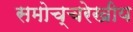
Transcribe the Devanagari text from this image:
समोच्चरेखीय